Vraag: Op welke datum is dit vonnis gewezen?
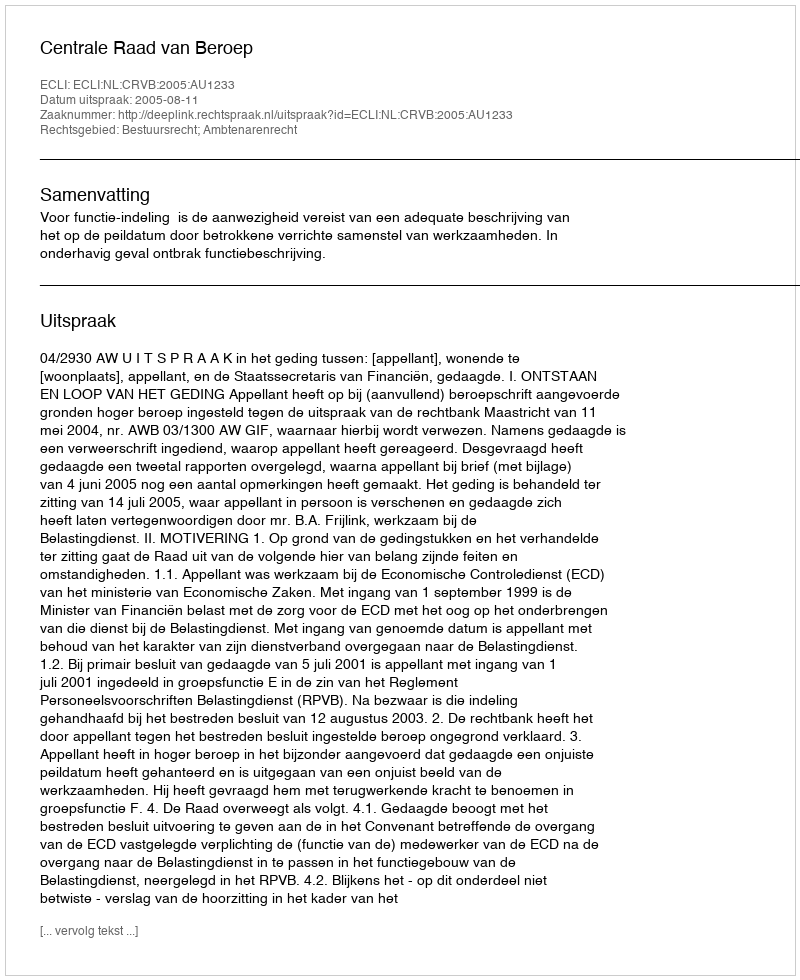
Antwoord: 2005-08-11